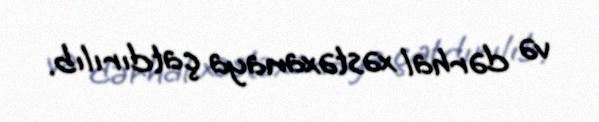
və dərhal xəstəxanaya çatdırılıb.